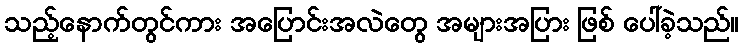
သည့်နောက်တွင်ကား အပြောင်းအလဲတွေ အများအပြား ဖြစ် ပေါ်ခဲ့သည်။